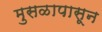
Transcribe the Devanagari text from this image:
मुसळापासून